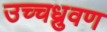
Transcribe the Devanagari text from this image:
उच्चध्रुवण